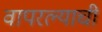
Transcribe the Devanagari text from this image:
वापरल्याची